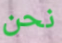
نحن